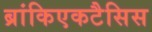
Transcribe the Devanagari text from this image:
ब्रांकिएकटैसिस